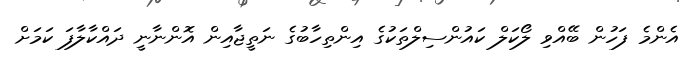
އެންމެ ފަހުން ބޭއްވި ލޯކަލް ކައުންސިލްތަކުގެ އިންތިހާބުގެ ނަތީޖާއިން އޮންނާނީ ދައްކާލާފަ ކަމަށް